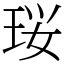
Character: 珱